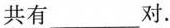
共有___对。